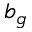
b _ { g }